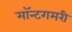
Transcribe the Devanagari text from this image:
मॉन्टगमरी